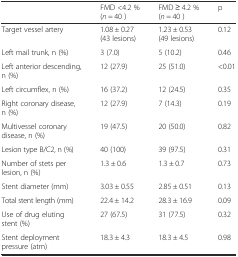
<table><thead><tr><td>[EMPTY_CELL]</td><td><b>FMD &lt;4.2 % (<i>n</i> = 40 )</b></td><td><b>FMD ≥ 4.2 % (<i>n</i> = 40 )</b></td><td><b>p</b></td></tr></thead><tbody><tr><td>Target vessel artery</td><td>1.08 ± 0.27 (43 lesions)</td><td>1.23 ± 0.53 (49 lesions)</td><td>0.12</td></tr><tr><td>Left mail trunk, n (%)</td><td>3 (7.0)</td><td>5 (10.2)</td><td>0.46</td></tr><tr><td>Left anterior descending, n (%)</td><td>12 (27.9)</td><td>25 (51.0)</td><td>&lt;0.01</td></tr><tr><td>Left circumflex, n (%)</td><td>16 (37.2)</td><td>12 (24.5)</td><td>0.35</td></tr><tr><td>Right coronary disease, n (%)</td><td>12 (27.9)</td><td>7 (14.3)</td><td>0.19</td></tr><tr><td>Multivessel coronary disease, n (%)</td><td>19 (47.5)</td><td>20 (50.0)</td><td>0.82</td></tr><tr><td>Lesion type B/C2, n (%)</td><td>40 (100)</td><td>39 (97.5)</td><td>0.31</td></tr><tr><td>Number of stets per lesion, n (%)</td><td>1.3 ± 0.6</td><td>1.3 ± 0.7</td><td>0.73</td></tr><tr><td>Stent diameter (mm)</td><td>3.03 ± 0.55</td><td>2.85 ± 0.51</td><td>0.13</td></tr><tr><td>Total stent length (mm)</td><td>22.4 ± 14.2</td><td>28.3 ± 16.9</td><td>0.09</td></tr><tr><td>Use of drug eluting stent (%)</td><td>27 (67.5)</td><td>31 (77.5)</td><td>0.32</td></tr><tr><td>Stent deployment pressure (atm)</td><td>18.3 ± 4.3</td><td>18.3 ± 4.5</td><td>0.98</td></tr></tbody></table>